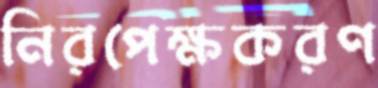
নিরপেক্ষকরণ